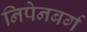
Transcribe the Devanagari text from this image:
निपेनबर्ग